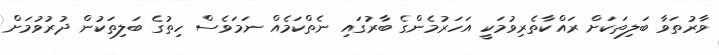
ވާރުތަވާ ބަލިތަކަށް ރައްކާތެރިވުމަކީ އަހަރުމެންގެ ބާރުގައި ނެތްކަމެއް ނަމަވެސް ހިތުގެ ބަލިތަކުން ދުރުވުމަށް